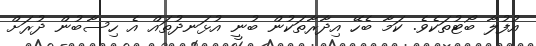
އުފުލާ ބޯޓުތަކެވެ. ކަމާ ބެހޭ އިދާރާތަކުން ބުނީ އުޅަނދުތައް އެ ހިސާބުން ދުރަށް